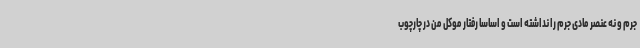
جرم و نه عنصر مادی جرم را نداشته است و اساسا رفتار موکل من در چارچوب